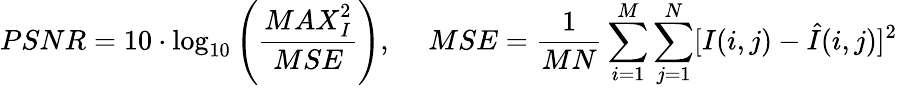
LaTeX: {PSNR}=10\cdot\log_{10}\left(\frac{{MAX}_{I}^{2}}{{MSE}}\right),\ \quad{MSE}=\frac{1}{MN}\sum_{i=1}^{M}\sum_{j=1}^{N}[I(i,j)-\hat{I}(i,j)]^{2}